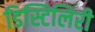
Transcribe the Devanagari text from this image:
डिस्टिलिरी